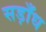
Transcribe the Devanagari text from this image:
सड़ाँध